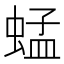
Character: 蜢